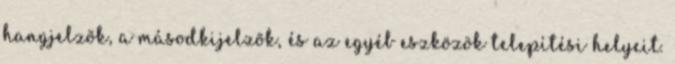
hangjelzõk, a másodkijelzõk, és az egyéb eszközök telepítési helyeit.